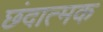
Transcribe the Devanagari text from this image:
छंदात्मक